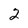
Character: 2